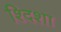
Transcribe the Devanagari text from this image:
श्दिशा